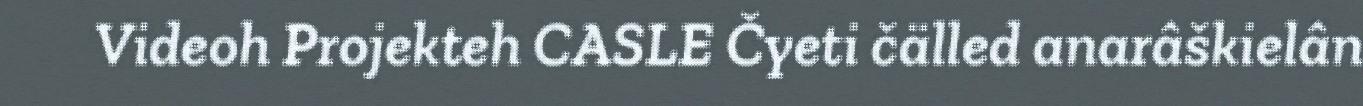
Videoh Projekteh CASLE Čyeti čälled anarâškielân